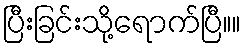
ပြီးခြင်းသို့ရောက်ပြီ။။